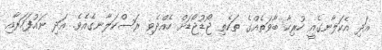
އަދި އެކަލާނގެއީ ހުރިހާ ބާވަތެއްގެ ތަކެތި ޖޯޑުޖޯޑަށް ހެއްދެވި ރަސްކަލާނގެއެވެ. އަދި ނައުފަހަރާއި